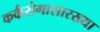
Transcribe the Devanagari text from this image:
कर्करोगासारख्या